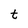
Character: t